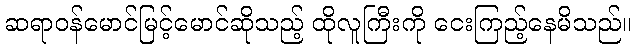
ဆရာဝန်မောင်မြင့်မောင်ဆိုသည့် ထိုလူကြီးကို ငေးကြည့်နေမိသည်။